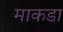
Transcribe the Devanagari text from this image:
माकडा